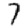
Digit: 7